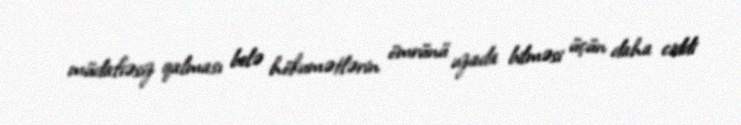
müdafiəsiz qalması belə hökumətlərin ömrünü uzada bilməsi üçün daha ciddi